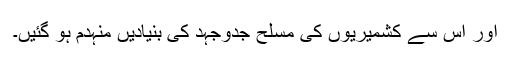
اور اس سے کشمیریوں کی مسلح جدوجہد کی بنیادیں منہدم ہو گئیں۔